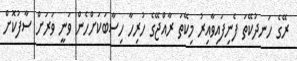
ރޭގެ ހަނދުކޭތަ ފެނިފައިވާއިރު މިކޭތަ ރާއްޖޭގެ ހުރިހާ ހިސާބަކަށްހެން ވަނީ ވަރަށް ސާފުކޮށް